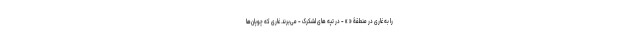
را به غاری در منطقۀ « » - در تپه های لشکرک - می‌برند. غاری که چوپان‌ها